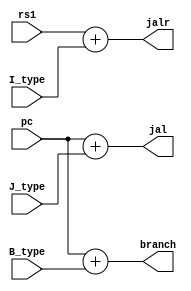
`timescale 1ns / 1ps

/*
  Generates new PC addresses for jal, jalr, and branch
  instructions given the immediate values for I, J, B-type
  instructions, and the current PC value.
*/
module branch_addr_gen(
    input [31:0] I_type, J_type, B_type, pc, rs1,
    output [31:0] jal, jalr, branch
    );
    
    // Assign addresses
    assign jal = pc + J_type;
    assign jalr = rs1 + I_type;
    assign branch = pc + B_type;
    
endmodule